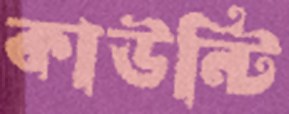
কাউন্টি